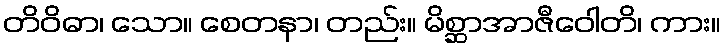
တိဝိဓာ၊ သော။ စေတနာ၊ တည်း။ မိစ္ဆာအာဇီဝေါတိ၊ ကား။